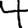
Digit: 4